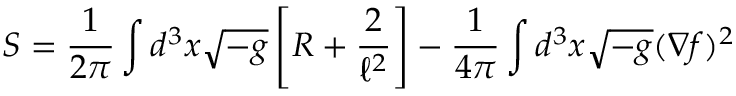
S = \frac { 1 } { 2 \pi } \int d ^ { 3 } x \sqrt { - g } \left[ R + \frac { 2 } { \ell ^ { 2 } } \right] - \frac { 1 } { 4 \pi } \int d ^ { 3 } x \sqrt { - g } ( \nabla f ) ^ { 2 }